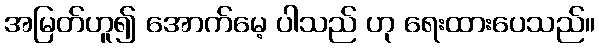
အမြတ်ဟူ၍ အောက်မေ့ ပါသည် ဟု ရေးထားပေသည်။